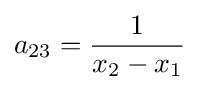
a_{23}={\frac {1}{x_{2}-x_{1}}}